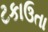
ટકાઉતા